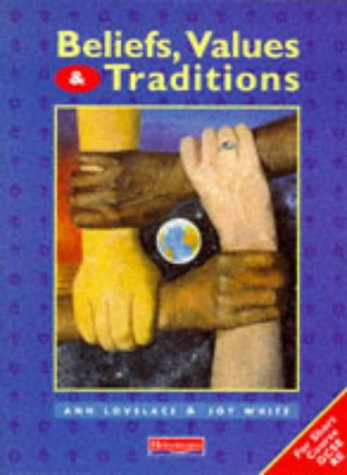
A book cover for Beliefs, Values and Traditions; Ann Lovelace; Teen & Young Adult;